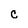
Character: c